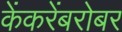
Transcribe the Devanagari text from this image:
केंकरेंबरोबर